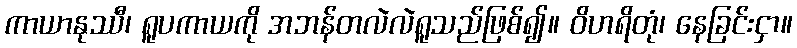
ကာယာနုဿီ၊ ရူပကာယကို အဘန်တလဲလဲရူသည်ဖြစ်၍။ ဝိဟရိတုံ၊ နေခြင်းငှာ။